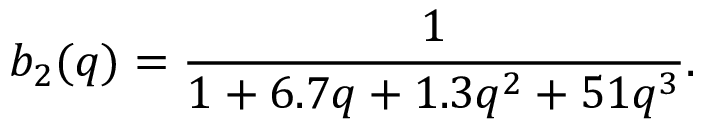
b _ { 2 } ( q ) = \frac { 1 } { 1 + 6 . 7 q + 1 . 3 q ^ { 2 } + 5 1 q ^ { 3 } } .